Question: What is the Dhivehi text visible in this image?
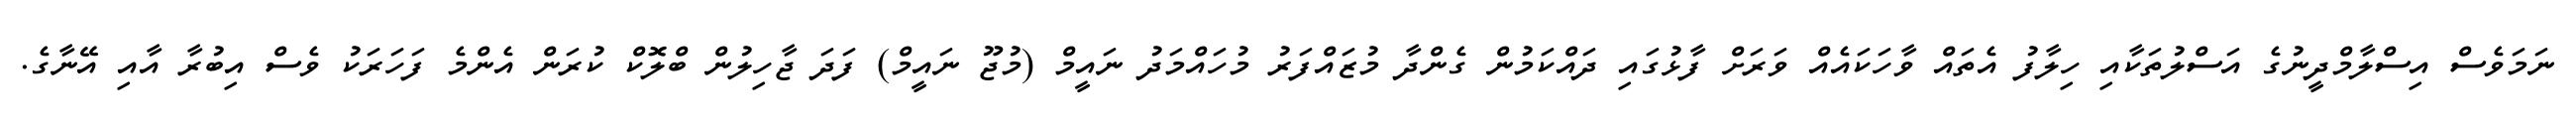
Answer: ނަމަވެސް އިސްލާމްދީނުގެ އަސްލުތަކާއި ހިލާފު އެތައް ވާހަކައެއް ވަރަށް ފާޅުގައި ދައްކަމުން ގެންދާ މުޒައްފަރު މުހައްމަދު ނައީމް (މުޖޫ ނައީމް) ފަދަ ޖާހިލުން ބްލޮކް ކުރަން އެންމެ ފަހަރަކު ވެސް އިބުރާ އާއި އޭނާގެ.